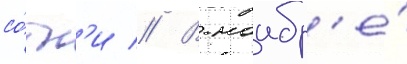
со́тн'и // В ноабр'е́